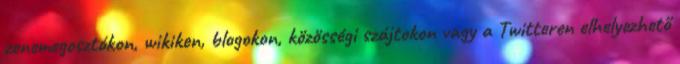
zenemegosztókon, wikiken, blogokon, közösségi szájtokon vagy a Twitteren elhelyezhető